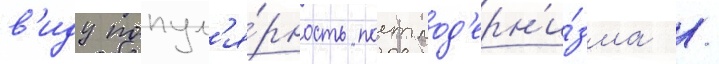
в'иду попул'я́рность постмод'ерн'и́зма /